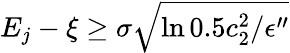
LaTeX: \begin{array}{r}{E_{j}-\xi\ge\sigma\sqrt{\ln{0.5c_{2}^{2}/\epsilon^{\prime\prime}}}}\end{array}